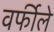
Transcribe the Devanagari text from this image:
वर्फीले